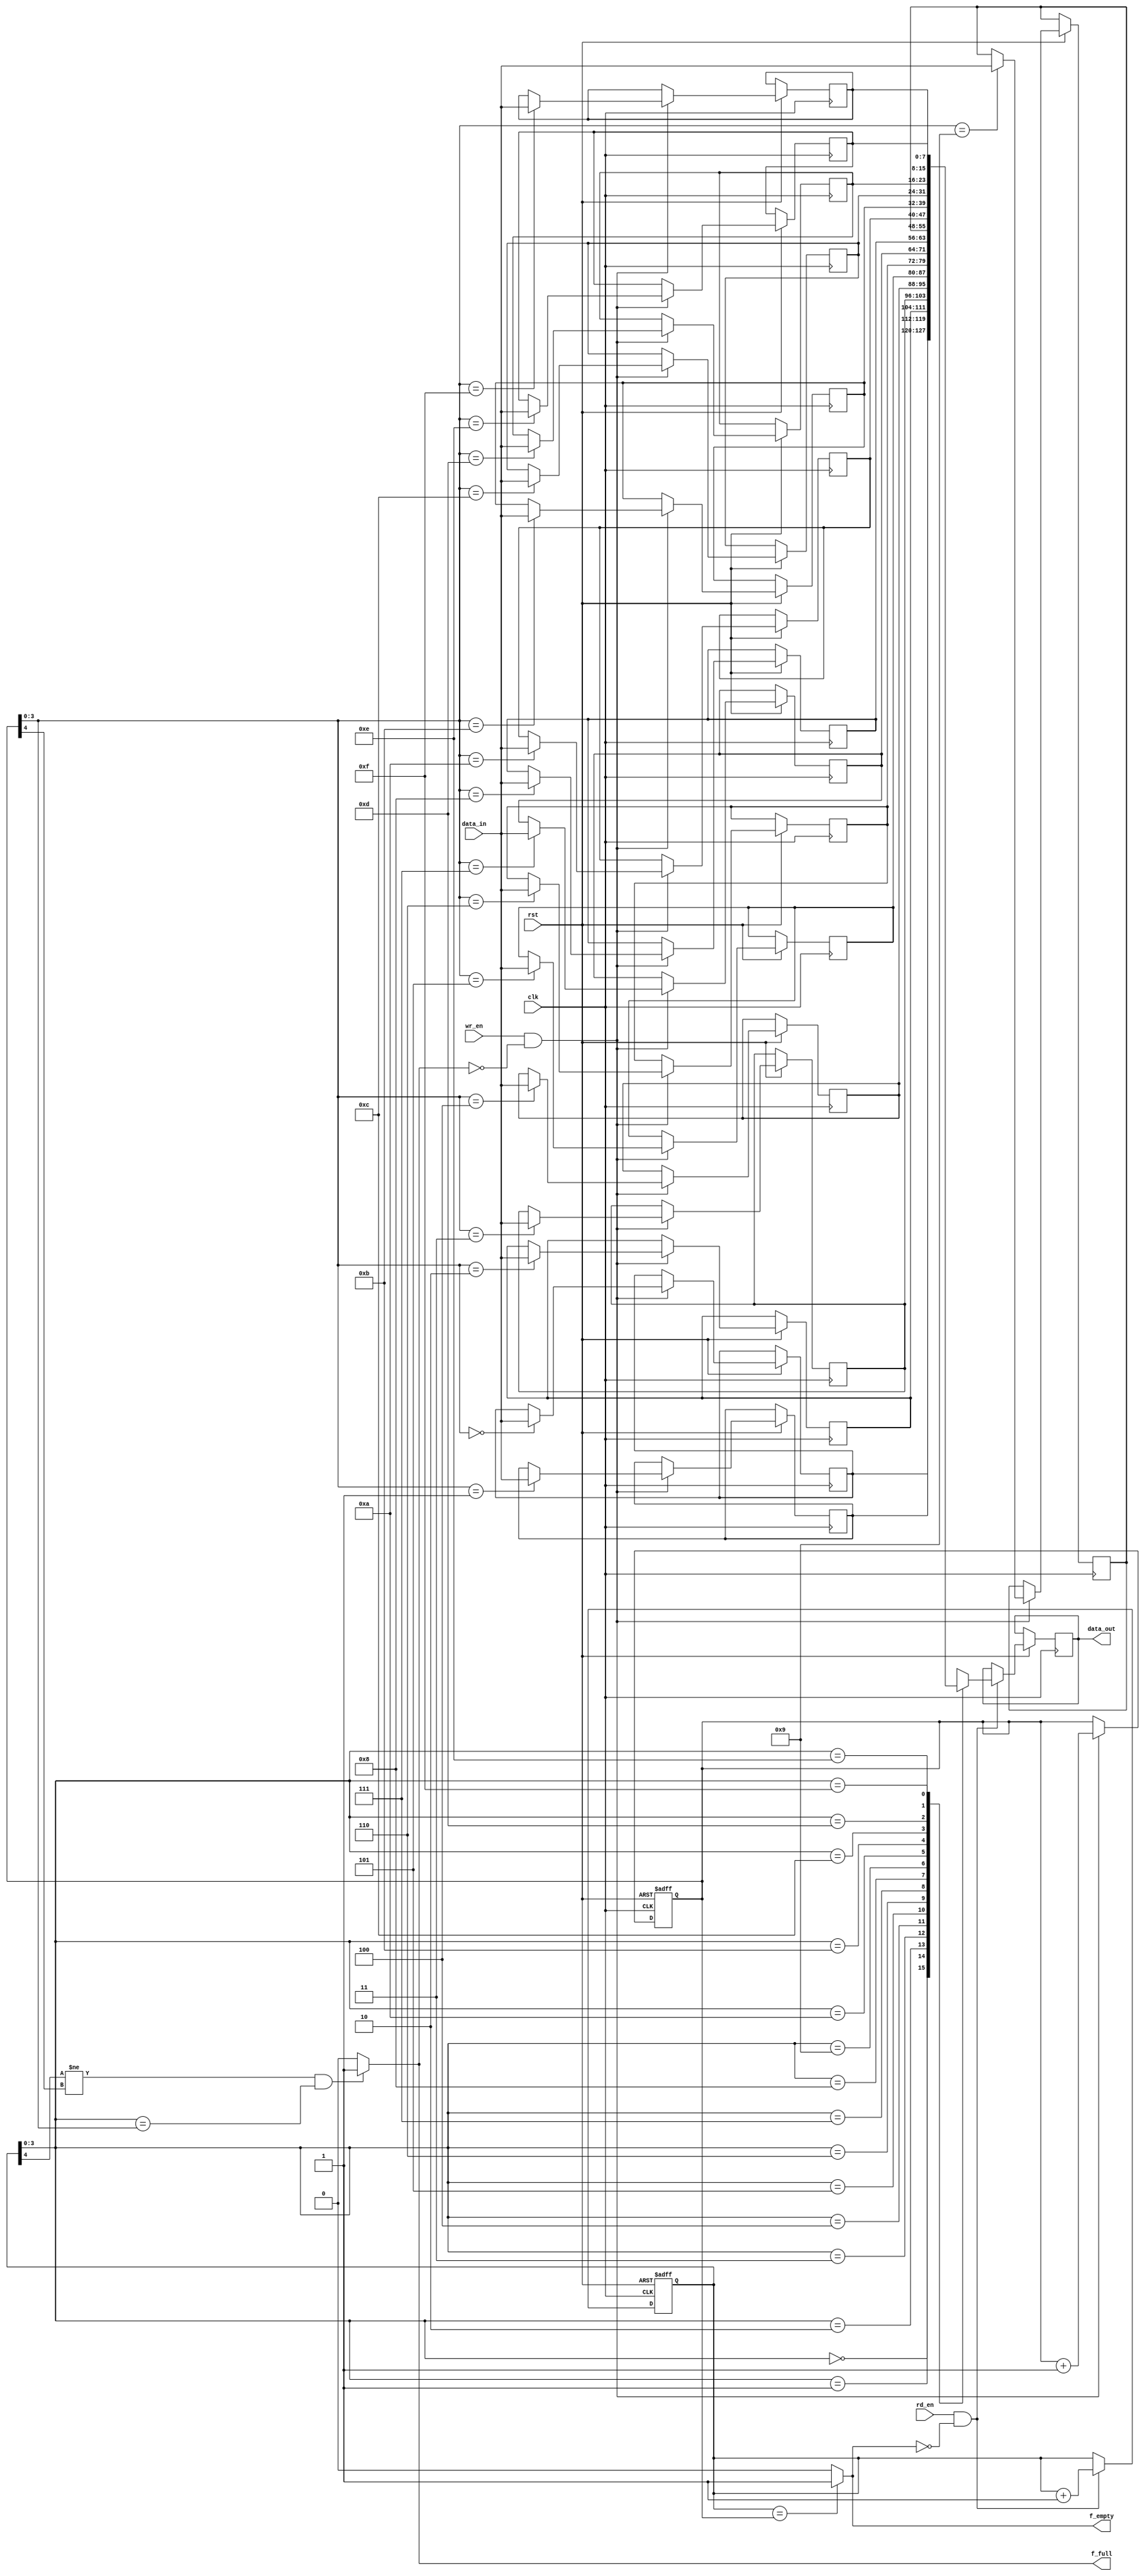
/****************************/
//sync_fifo design example
//      DATAWIDTH = 8;
//      ADDRDEPTH = 16;
//      ADDRWIDTH = 4;
/***************************/
module sync_fifo(clk,rst,wr_en,rd_en,data_in,data_out,f_empty,f_full);
parameter           DATAWIDTH = 8;
parameter           ADDRDEPTH = 16;
parameter           ADDRWIDTH = 4;
input                       clk,rst,wr_en,rd_en;
input   [DATAWIDTH-1:0]     data_in;
output                      f_empty,f_full;
output  [DATAWIDTH-1:0]     data_out;

reg     [DATAWIDTH-1:0]     mem[ADDRDEPTH-1:0];
reg     [DATAWIDTH-1:0]     data_out;
wire    [ADDRWIDTH-1:0]     w_addr,r_addr;
reg     [ADDRWIDTH:0]       w_addr_a,r_addr_a;

assign r_addr=r_addr_a[ADDRWIDTH-1:0];
assign w_addr=w_addr_a[ADDRWIDTH-1:0];

/****************************/
//Read operation
/***************************/
always@(posedge clk or negedge rst)
begin
    if(!rst)begin
        r_addr_a<='b0;
    end
    else begin
        if(rd_en&&(!f_empty))begin
            data_out<=mem[r_addr];
            r_addr_a<=r_addr_a+1;
        end
    end
end

/****************************/
//Write operation
/***************************/
always@(posedge clk or negedge rst)
begin
    if(!rst)begin
        w_addr_a<='b0;
    end
    else begin
        if(wr_en&&(!f_full))begin
            mem[w_addr]<=data_in;
            w_addr_a<=w_addr_a+1;
        end
    end
end

/****************************/
//Empty flag and Full flag
/***************************/
assign f_empty=(r_addr_a==w_addr_a)?1:0;
assign f_full =(r_addr_a[ADDRWIDTH]!=w_addr_a[ADDRWIDTH]
            &&  r_addr_a[ADDRWIDTH-1:0]==w_addr_a[ADDRWIDTH-1:0])
            ?1:0;

endmodule



/****************************/
//sync_fifo testbench example
//      DATAWIDTH = 8;
//      ADDRDEPTH = 16;
//      ADDRWIDTH = 4;
/***************************/
`timescale  10ns/1ns
module tb_sync_fifo();

parameter           DATAWIDTH = 8;
parameter           ADDRDEPTH = 16;
parameter           ADDRWIDTH = 4;

reg                         clk,rst,wr_en,rd_en;
reg     [DATAWIDTH-1:0]     data_in;
wire                        f_empty,f_full;
wire    [DATAWIDTH-1:0]     data_out;

sync_fifo   sync_fifo_0(
                    .clk(clk),.rst(rst),
                    .wr_en(wr_en),.rd_en(rd_en),
                    .data_in(data_in),.data_out(data_out),
                    .f_empty(f_empty),.f_full(f_full)
                );

always #5 clk=~clk;

//inital setting;
initial begin
    clk=1;
    rst=1;
    wr_en=0;
    rd_en=0;
    data_in='b0;
end

//reset,time < 30;
initial begin
    #15     rst=0;
    #10     rst=1;
end

//write data
initial begin
    #30     begin wr_en=1;data_in='b1;end
    #10     data_in='d2;
    #10     data_in='d3;
    #10     data_in='d4;
    #10     data_in='d5;
    #10     data_in='d6;
    #10     data_in='d7;
    #10     data_in='d8;
    #10     data_in='d9;
    #10     data_in='d10;
    #10     data_in='d11;
    #10     data_in='d12;
    #10     data_in='d13;
    #10     data_in='d14;
    #10     data_in='d15;
    #10     data_in='d16;
    #10     data_in='d17;
    #10     data_in='d18;
    #10     wr_en=0;
end

//read data
initial begin
    #260    rd_en=1;
    #500    rd_en=0;
    #10     $finish;
end

initial begin $dumpfile("tb_sync_fifo.vcd");$dumpvars(0,tb_sync_fifo);end

endmodule